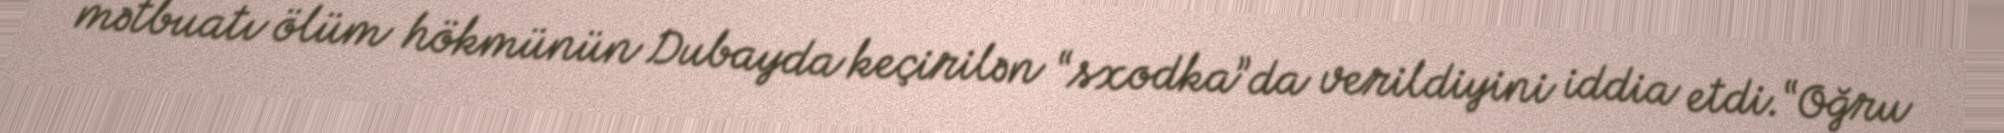
mətbuatı ölüm hökmünün Dubayda keçirilən “sxodka”da verildiyini iddia etdi.“Oğru